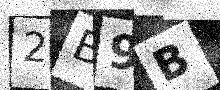
Text: 2B9B